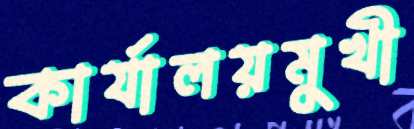
কার্যালয়মুখী